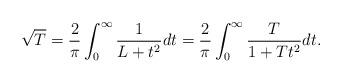
LaTeX: \begin{align*}\sqrt{T}= \frac{2}{\pi} \int_0^{\infty} \frac{1}{L+t^2} dt = \frac{2}{\pi} \int_0^{\infty} \frac{T}{1+Tt^2} dt.\end{align*}